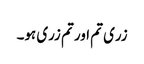
زری تم اور تم زری ہو۔